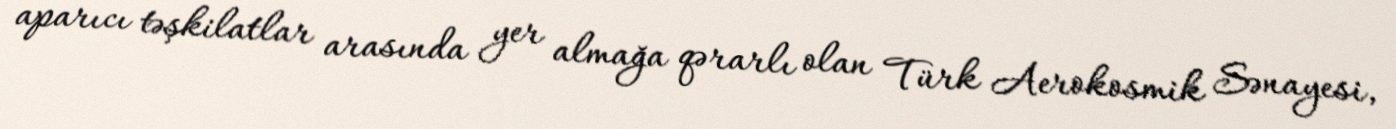
aparıcı təşkilatlar arasında yer almağa qərarlı olan Türk Aerokosmik Sənayesi,